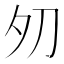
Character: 𱘦